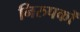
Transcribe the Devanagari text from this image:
निरुपकों